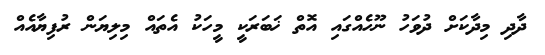
ދާދި މިދާކަށް ދުވަހު ނޫހެއްގައި އޮތް ޚަބަރަކީ މީހަކު އެތައް މިލިޔަން ރުފިޔާއެއް